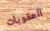
العقوبات